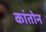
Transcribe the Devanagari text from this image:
कांतोन